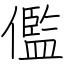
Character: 儖